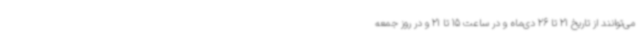
می‌توانند از تاریخ 21 تا 26 دی‌ماه و در ساعت 15 تا 21 و در روز جمعه